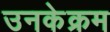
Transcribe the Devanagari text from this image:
उनकेक्रम